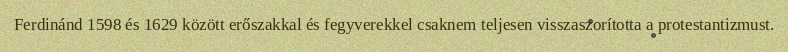
Ferdinánd 1598 és 1629 között erőszakkal és fegyverekkel csaknem teljesen visszaszorította a protestantizmust.